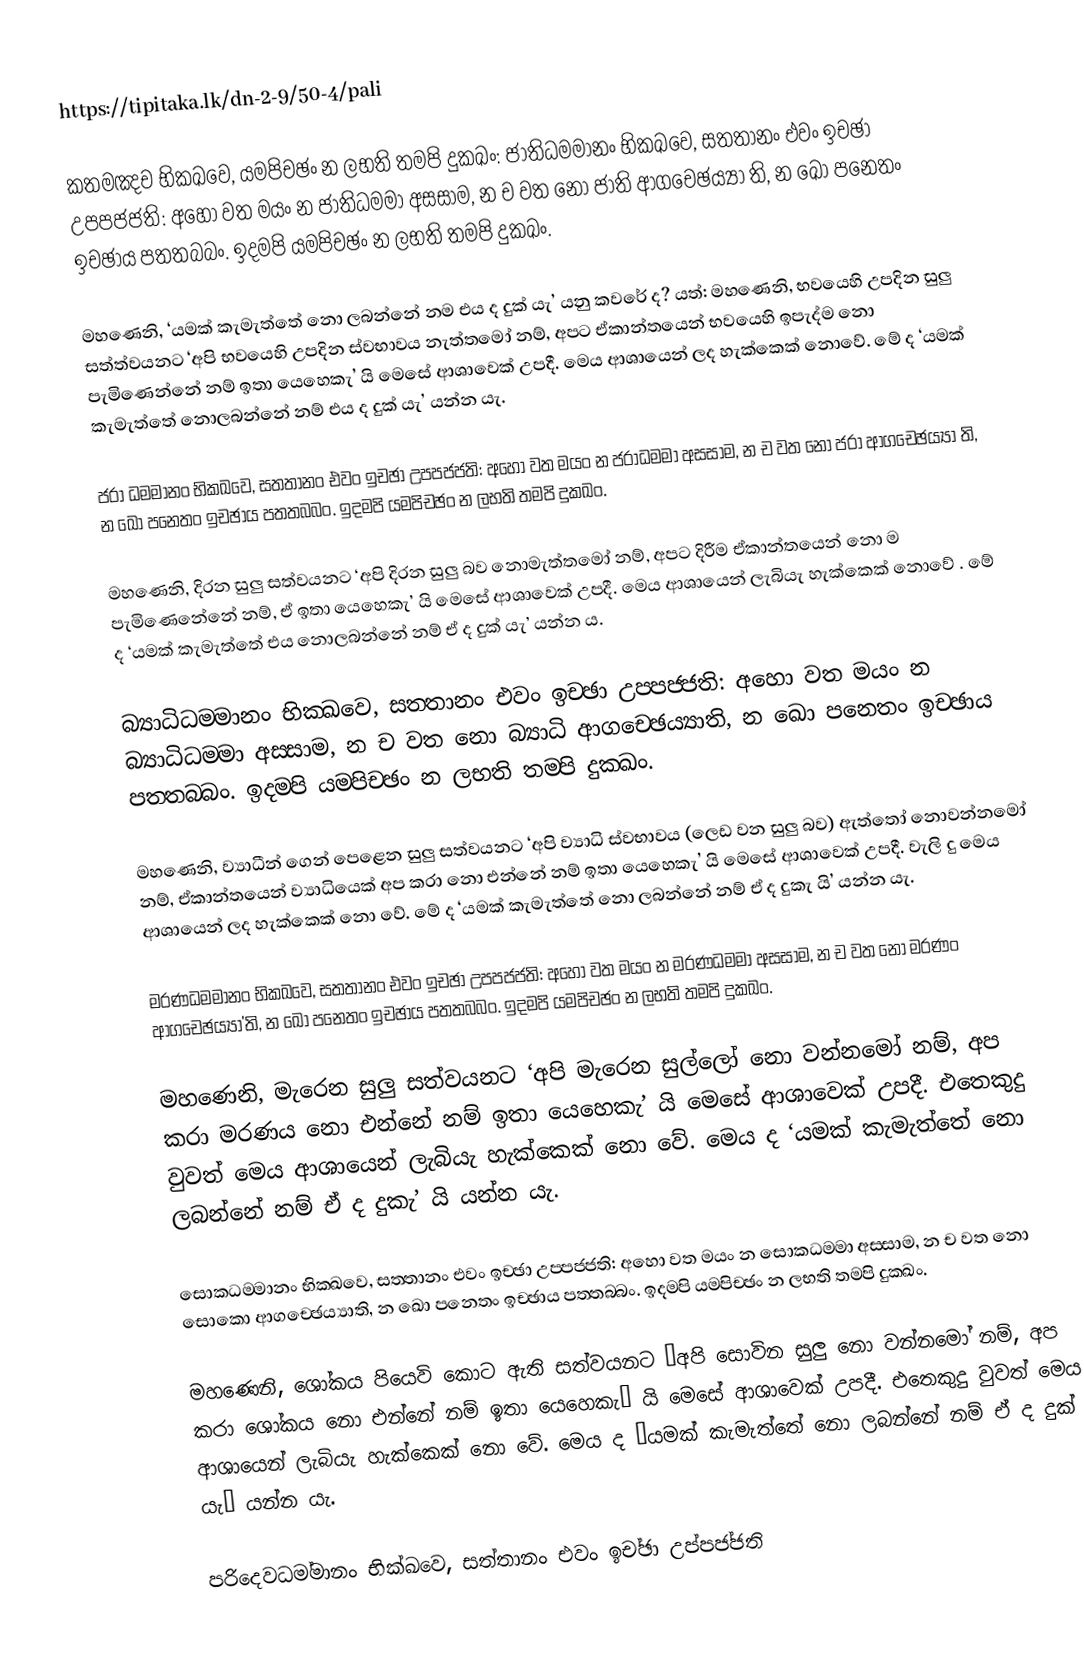
https://tipitaka.lk/dn-2-9/50-4/pali

කතමඤ‍්ච භික‍්ඛවෙ, යම‍්පිච‍්ඡං න ලභති තම‍්පි දුක‍්ඛං: ජාතිධම‍්මානං භික‍්ඛවෙ, සත‍්තානං එවං ඉච‍්ඡා උප‍්පජ‍්ජති: අහො වත මයං න ජාතිධම‍්මා අස‍්සාම, න ච වත නො ජාති ආගච‍්ඡෙය්‍යා ති, න ඛො පනෙතං ඉච‍්ඡාය පත‍්තබ‍්බං. ඉදම‍්පි යම‍්පිච‍්ඡං න ලභති තම‍්පි දුක‍්ඛං.

මහණෙනි, ‘යමක් කැමැත්තේ නො ලබන්නේ නම එය ද දුක් යැ’ යනු කවරේ ද? යත්: මහණෙනි, භවයෙහි උපදින සුලු සත්ත්වයනට ‘අපි භවයෙහි උපදින ස්වභාවය නැත්තමෝ නම්, අපට ඒකාන්තයෙන් භවයෙහි ඉපැද්ම නො පැමිණෙන්නේ නම් ඉතා යෙහෙකැ’ යි මෙසේ ආශාවෙක් උපදී. මෙය ආශායෙන් ලද හැක්කෙක් නොවේ. මේ ද ‘යමක් කැමැත්තේ නොලබන්නේ නම් එය ද දුක් යැ’ යන්න යැ.

ජරා ධම‍්මානං භික‍්ඛවෙ, සත‍්තානං එවං ඉච‍්ඡා උප‍්පජ‍්ජති: අහො වත මයං න ජරාධම‍්මා අස‍්සාම, න ච වත නො ජරා ආගච‍්ඡෙය්‍යා ති, න ඛො පනෙතං ඉච‍්ඡාය පත‍්තබ‍්බං. ඉදම‍්පි යම‍්පිච‍්ඡං න ලභති තම‍්පි දුක‍්ඛං.

මහණෙනි, දිරන සුලු සත්වයනට ‘අපි දිරන සුලු බව නොමැත්තමෝ නම්, අපට දිරීම ඒකාන්තයෙන් නො ම පැමිණෙනේනේ නම්, ඒ ඉතා යෙහෙකැ’ යි මෙසේ ආශාවෙක් උපදී. මෙය ආශායෙන් ලැබියැ හැක්කෙක් නොවේ . මේ ද ‘යමක් කැමැත්තේ එය නොලබන්නේ නම් ඒ ද දුක් යැ’ යන්න ය.

බ්‍යාධිධම‍්මානං භික‍්ඛවෙ, සත‍්තානං එවං ඉච‍්ඡා උප‍්පජ‍්ජති: අහො වත මයං න බ්‍යාධිධම‍්මා අස‍්සාම, න ච වත නො බ්‍යාධි ආගච‍්ඡෙය්‍යාති, න ඛො පනෙතං ඉච‍්ඡාය පත‍්තබ‍්බං. ඉදම‍්පි යම‍්පිච‍්ඡං න ලභති තම‍්පි දුක‍්ඛං.

මහණෙනි, ව්‍යාධීන් ගෙන් පෙළෙන සුලු සත්වයනට ‘අපි ව්‍යාධි ස්වභාවය (ලෙඩ වන සුලු බව) ඇත්තෝ නොවන්නමෝ නම්, ඒකාන්තයෙන් ව්‍යාධියෙක් අප කරා නො එන්නේ නම් ඉතා යෙහෙකැ’ යි මෙසේ ආශාවෙක් උපදී. වැලි දු මෙය ආශායෙන් ලද හැක්කෙක් නො වේ. මේ ද ‘යමක් කැමැත්තේ නො ලබන්නේ නම් ඒ ද දුකැ යි’ යන්න යැ.

මරණධම‍්මානං භික‍්ඛවෙ, සත‍්තානං එවං ඉච‍්ඡා උප‍්පජ‍්ජති: අහො වත මයං න මරණධම‍්මා අස‍්සාම, න ච වත නො මරණං ආගච‍්ඡෙය්‍යා’ති, න ඛො පනෙතං ඉච‍්ඡාය පත‍්තබ‍්බං. ඉදම‍්පි යම‍්පිච‍්ඡං න ලභති තම‍්පි දුක‍්ඛං.

මහණෙනි, මැරෙන සුලු සත්වයනට ‘අපි මැරෙන සුල්ලෝ නො වන්නමෝ නම්, අප කරා මරණය නො එන්නේ නම් ඉතා යෙහෙකැ’ යි මෙසේ ආශාවෙක් උපදී. එතෙකුදු වුවත් මෙය ආශායෙන් ලැබියැ හැක්කෙක් නො වේ. මෙය ද ‘යමක් කැමැත්තේ නො ලබන්නේ නම් ඒ ද දුකැ’ යි යන්න යැ.

සොකධම‍්මානං භික‍්ඛවෙ, සත‍්තානං එවං ඉච‍්ඡා උප‍්පජ‍්ජති: අහො වත මයං න සොකධම‍්මා අස‍්සාම, න ච වත නො සොකො ආගච‍්ඡෙය්‍යාති, න ඛො පනෙතං ඉච‍්ඡාය පත‍්තබ‍්බං. ඉදම‍්පි යම‍්පිච‍්ඡං න ලභති තම‍්පි දුක‍්ඛං.

මහණෙනි, ශෝකය පියෙවි කොට ඇති සත්වයනට ‘අපි සොවින සුලු නො වන්නමෝ නම්, අප කරා ශෝකය නො එන්නේ නම් ඉතා යෙහෙකැ’ යි මෙසේ ආශාවෙක් උපදී. එතෙකුදු වුවත් මෙය ආශායෙන් ලැබියැ හැක්කෙක් නො වේ. මෙය ද ‘යමක් කැමැත්තේ නො ලබන්නේ නම් ඒ ද දුක් යැ’ යන්න යැ.

පරිදෙවධම‍්මානං භික‍්ඛවෙ, සත‍්තානං එවං ඉච‍්ඡා උප‍්පජ‍්ජති